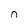
Character: 0